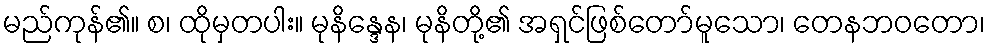
မည်ကုန်၏။ စ၊ ထိုမှတပါး။ မုနိန္ဒေန၊ မုနိတို့၏ အရှင်ဖြစ်တော်မူသော၊ တေနဘဝတော၊